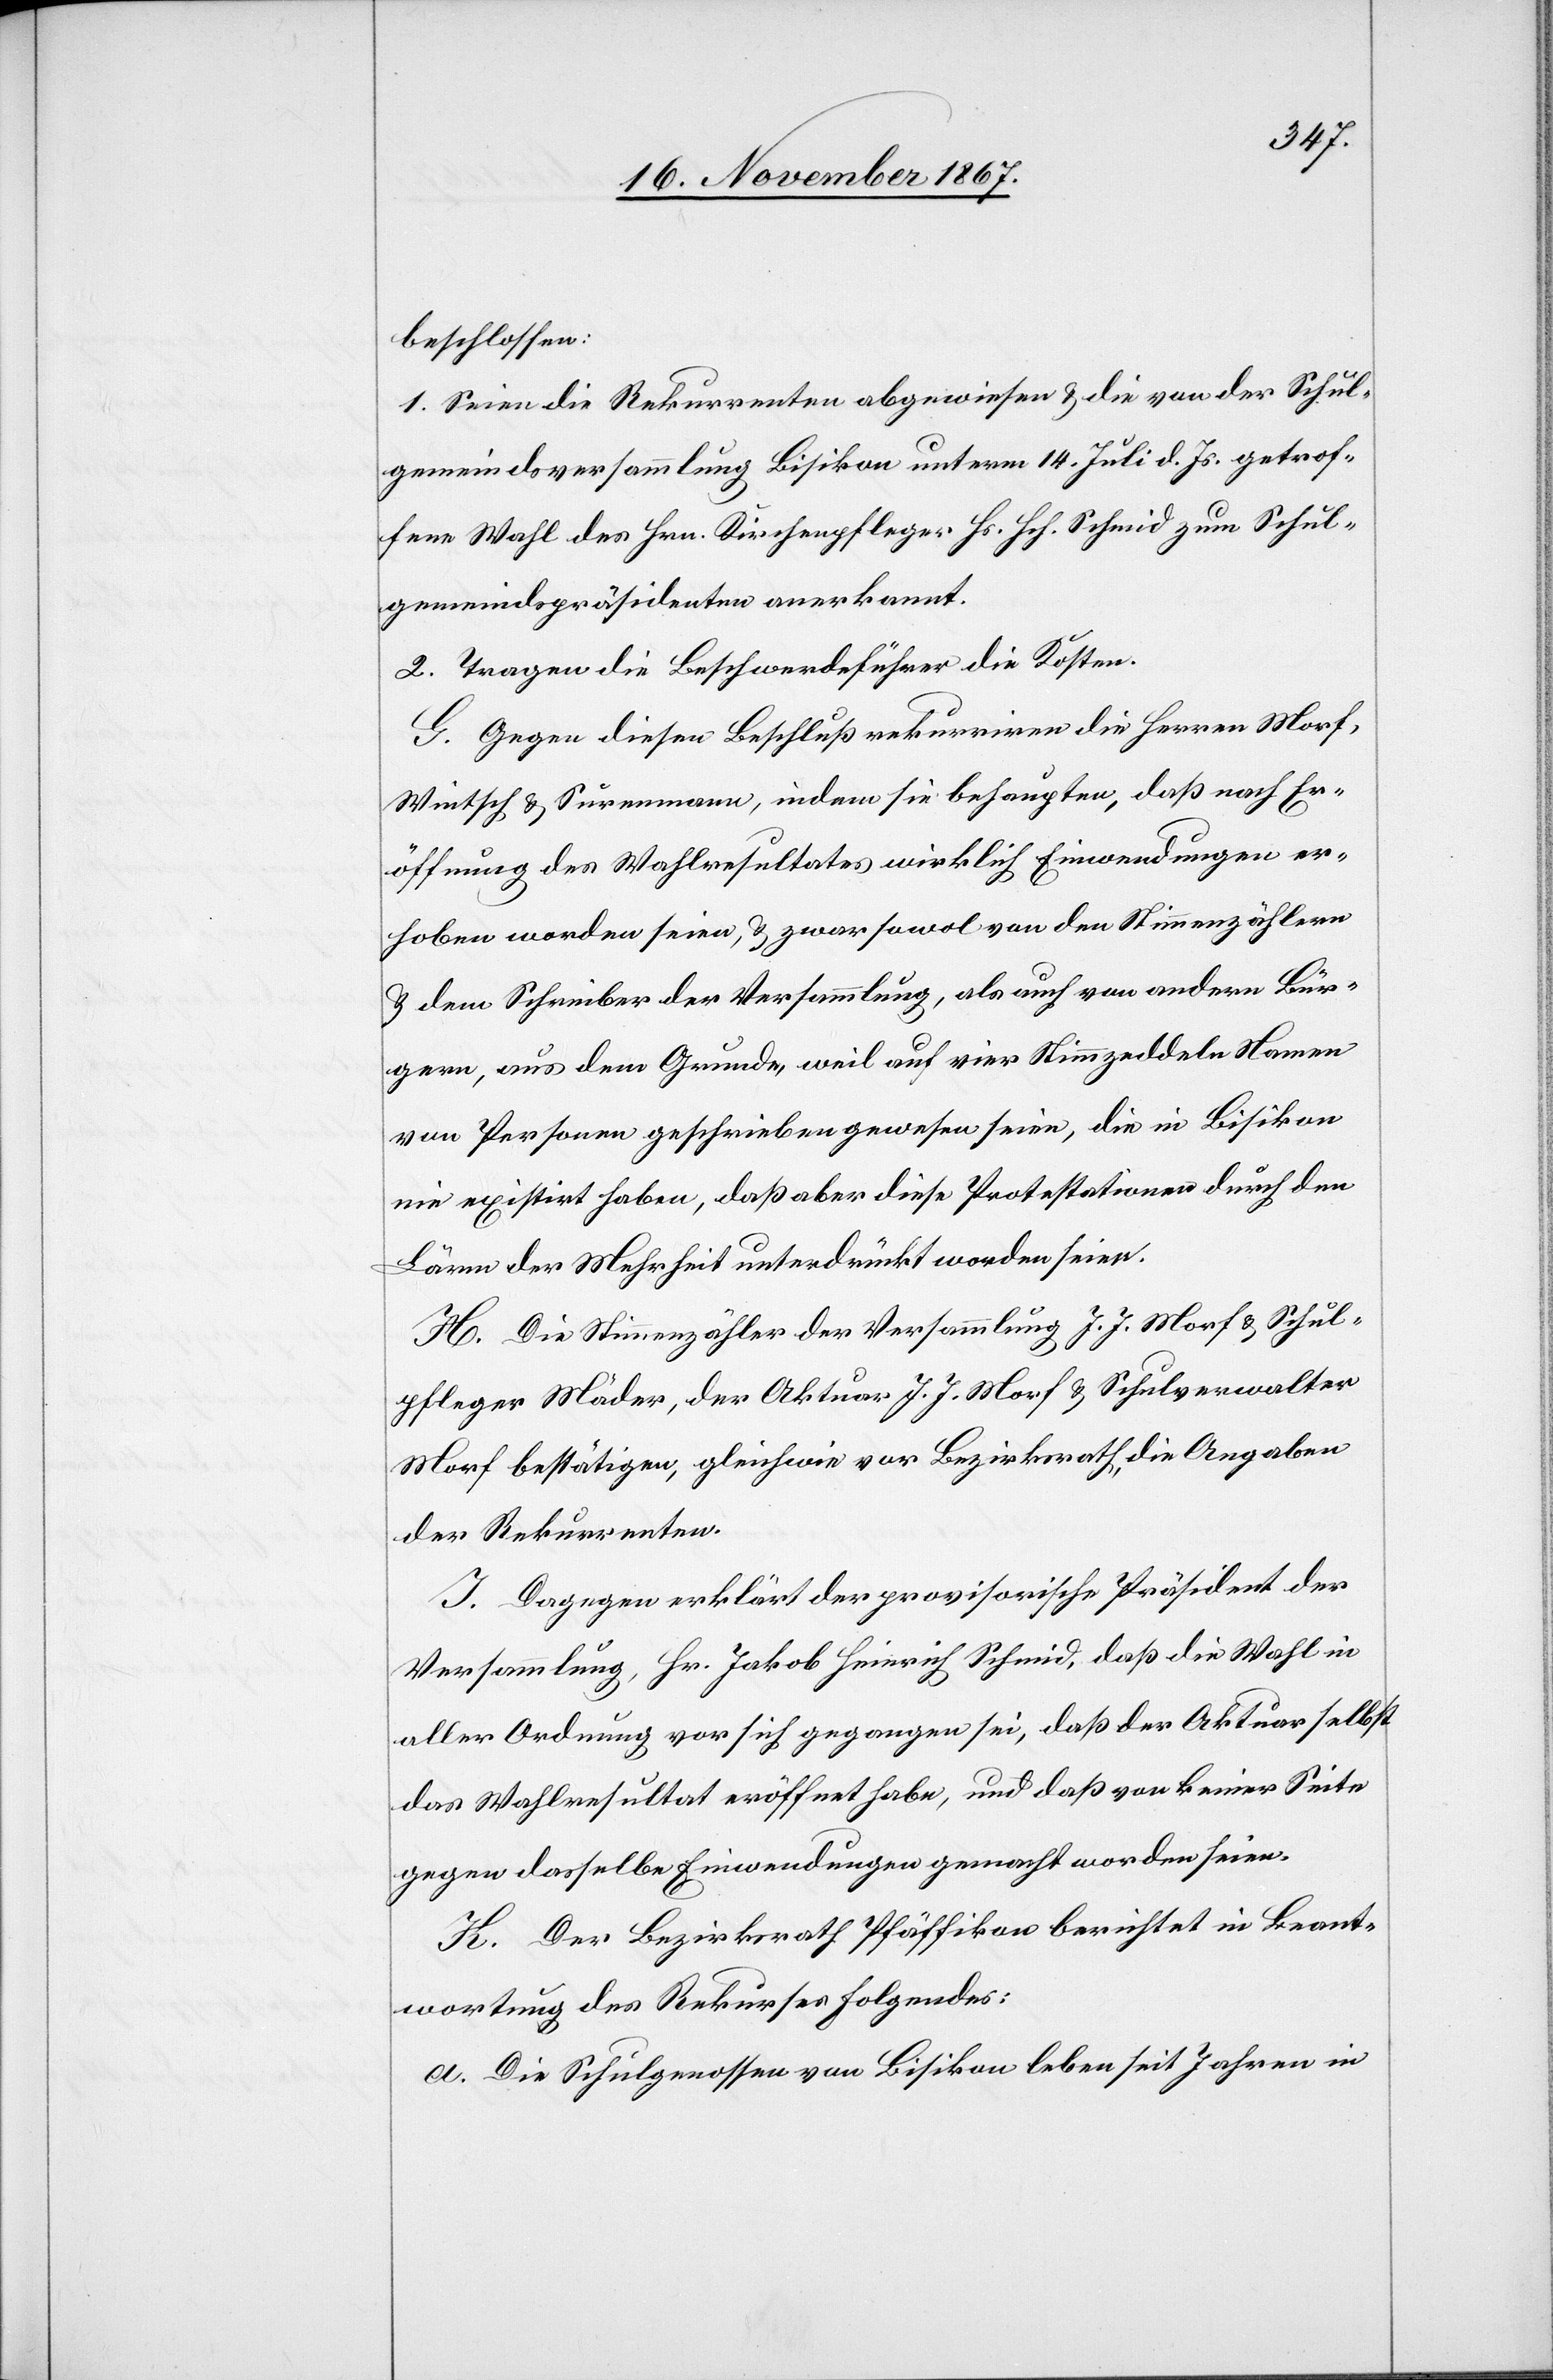
beschlossen:
1. Seien die Rekurrenten abgewiesen u. die von der Schul¬
gemeindsversammlung Bisikon unterm 14. Juli d. Js. getrof¬
fene Wahl des Hrn. Kirchenpfleger Hs. Hch. Schmid zum Schul¬
gemeindspräsidenten anerkannt.
2. Tragen die Beschwerdeführer die Kosten.
G. Gegen diesen Beschluß rekurriren die Herren Morf,
Wintsch u. Suremann [sic!], indem sie behaupten, daß nach Er¬
öffnung des Wahlresultates wirklich Einwendungen er¬
hoben worden seien, u. zwar sowol von den Stimmenzählern
u. dem Schreiber der Versammlung, als auch von andern Bür¬
gern, aus dem Grunde, weil auf vier Stimmzeddeln Namen
von Personen geschrieben gewesen seien, die in Bisikon
nie existirt haben, daß aber diese Protestationen durch den
Lärm der Mehrheit unterdrückt worden seien.
H. Die Stimmzähler der Versammlung J. J. Morf u. Schul¬
pfleger Mäder, der Aktuar J. J. Morf u. Schulverwalter
Morf bestätigen, gleichwie vor Bezirksrath, die Angaben
der Rekurrenten.
I. Dagegen erklärt der provisorische Präsident der
Versammlung, Hr. Jakob Heinrich Schmid, daß die Wahl in
aller Ordnung vor sich gegangen sei, daß der Aktuar selbst
das Wahlresultat eröffnet habe, und daß von keiner Seite
gegen dasselbe Einwendungen gemacht worden seien.
K. Der Bezirksrath Pfäffikon berichtet in Beant¬
wortung des Rekurses Folgendes:
a. Die Schulgenossen von Bisikon leben seit Jahren in